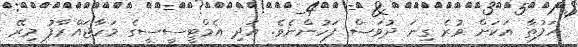
ހަފުތާ އަކަށް ވުރެ ގިނަ ދުވަސް ފަހުންނެވެ. އަދި އެމްޓީސީސީގެ މަހާޖައްރާފު މިރޭ